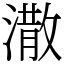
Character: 潵